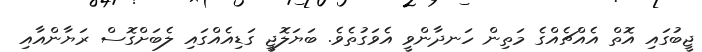
ޖީބުގައި އޮތް އެއްޗެއްގެ މަތިން ހަނދާންވީ އެވަގުތެވެ. ބަޔަލޮޖީ ގަޑިއެއްގައި ލެބަށްގޮސް ރަޔާންއާއި